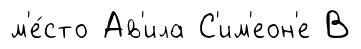
м'е́сто Ав'ила С'им'еон'е В